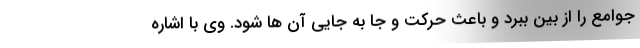
جوامع را از بین ببرد و باعث حرکت و جا به جایی آن ها شود. وی با اشاره